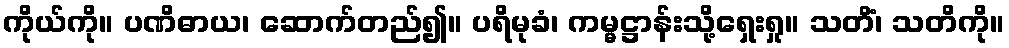
ကိုယ်ကို။ ပဏိဓာယ၊ ဆောက်တည်၍။ ပရိမုခံ၊ ကမ္မဋ္ဌာန်းသို့ရှေးရှု။ သတိံ၊ သတိကို။